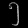
Digit: ၅